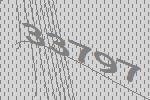
33797